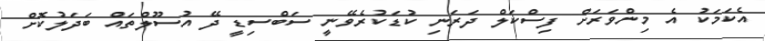
އެކަމަކު އެ މިންވަރަށް ފިސްކަލް ދަރަނި ކުޑަކުރެވޭނީ ސަބްސިޑީ ދޭ އުސޫލްތައް ބަދަލުކޮށް